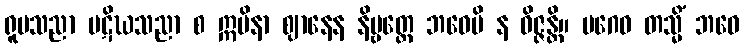
ရူပသညာ ပဋိဃသညာ စ ဣမိနာ ဈာနေန နိဗ္ဗတ္တေ ဘဝေပိ န ဝိဇ္ဇန္တိ။ ပဂေဝ တသ္မိံ ဘဝေ